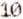
10